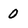
Character: 0